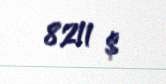
8211 $